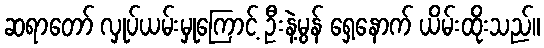
ဆရာတော် လှုပ်ယမ်းမှုကြောင့် ဦးနဲ့မွန် ရှေ့နောက် ယိမ်းထိုးသည်။